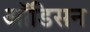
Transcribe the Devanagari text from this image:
ऑडिसन